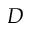
D